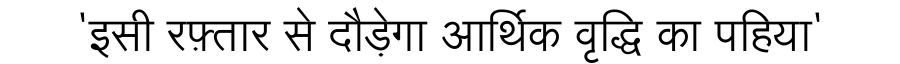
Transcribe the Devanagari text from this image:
'इसी रफ़्तार से दौड़ेगा आर्थिक वृद्धि का पहिया'